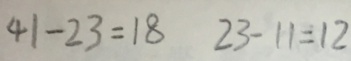
4 1 - 2 3 = 1 8 2 3 - 1 1 = 1 2